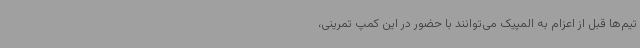
تیم‌ها قبل از اعزام به المپیک می‌توانند با حضور در این کمپ تمرینی،